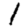
Digit: 1